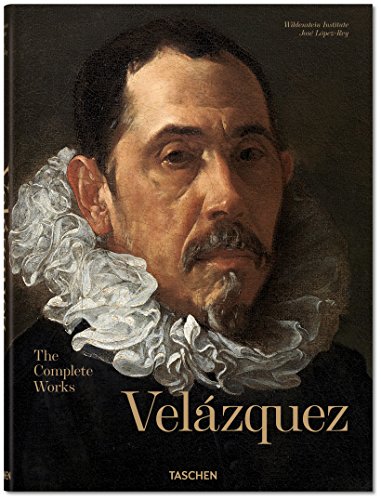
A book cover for VelÃ¡zquez: Complete Works; JosÃ© LÃ³pez-Rey; Arts & Photography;